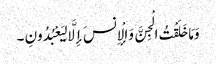
وَمَا خَلَقْتُ الْجِنَّ وَالْإِنسَ إِلَّا لِیَعْبُدُونِ ۔